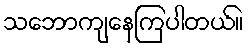
သဘောကျနေကြပါတယ်။